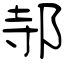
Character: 邿